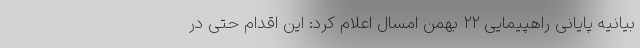
بیانیه پایانی راهپیمایی ۲۲ بهمن امسال اعلام کرد: این اقدام حتی در